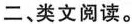
二、类文阅读。